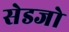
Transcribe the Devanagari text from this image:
सेडजो